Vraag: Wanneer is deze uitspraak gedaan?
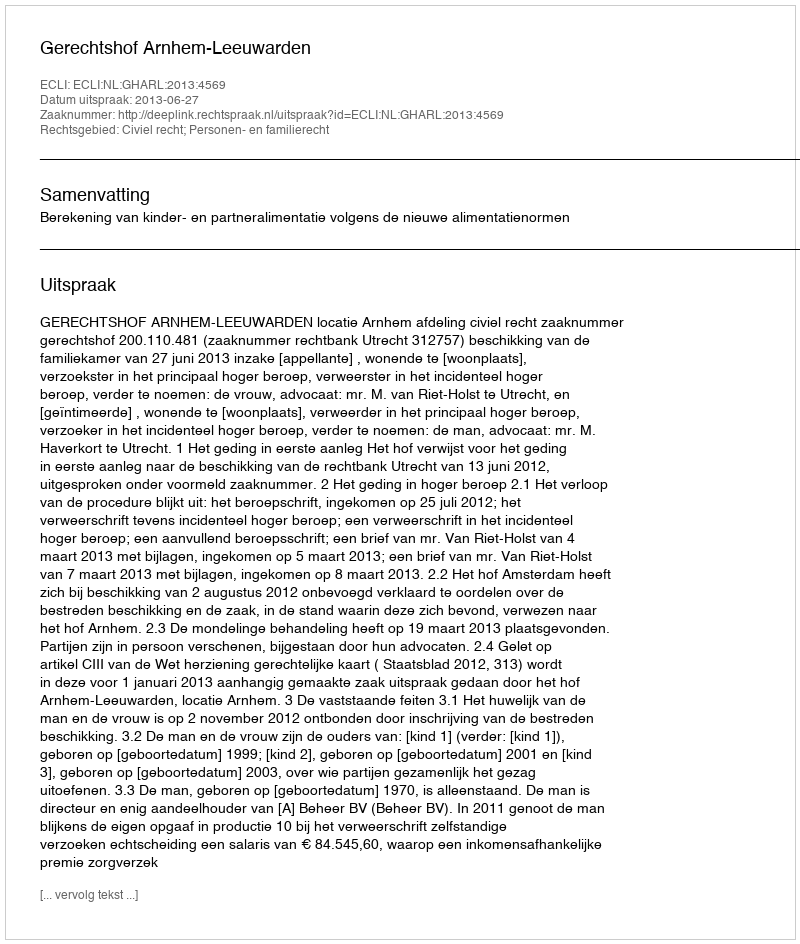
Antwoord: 2013-06-27